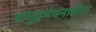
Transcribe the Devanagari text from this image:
समुद्रमंथनातील